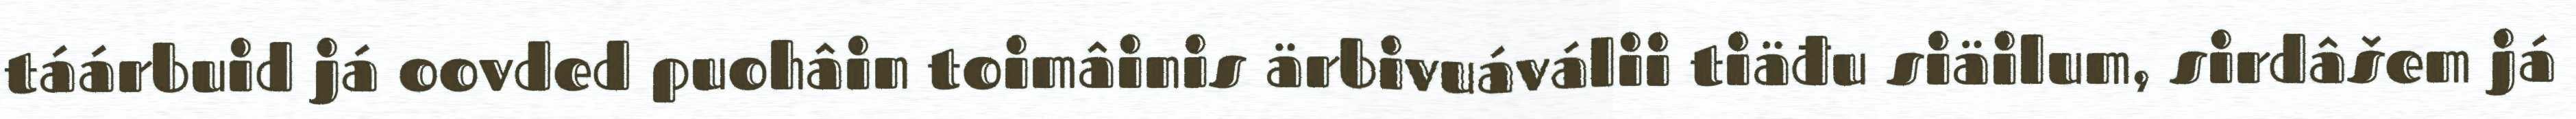
táárbuid já oovded puohâin toimâinis ärbivuáválii tiäđu siäilum, sirdâšem já